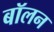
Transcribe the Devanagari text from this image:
बॉलन